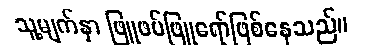
သူ့မျက်နှာ ဖြူဖပ်ဖြူရော်ဖြစ်နေသည်။